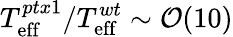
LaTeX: T_{\mathrm{eff}}^{ptx1}/T_{\mathrm{eff}}^{wt}\sim\mathcal{O}(10)